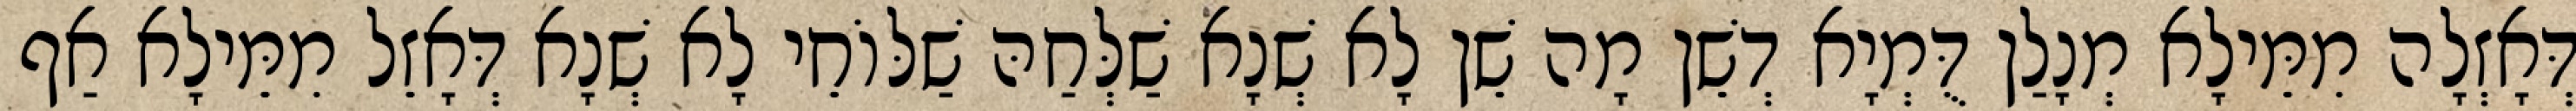
דְּאָזְלָה מִמֵּילָא מְנָלַן דֻּמְיָא דְשֵׁן מָה שֵׁן לָא שְׁנָא שַׁלְּחַהּ שַׁלּוֹחֵי לָא שְׁנָא דְּאָזֵל מִמֵּילָא אַף